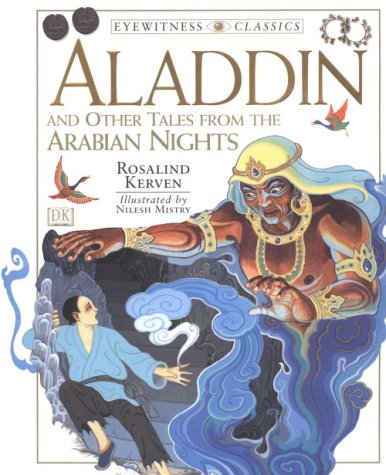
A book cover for DK Classics: Aladdin; Rosalind Kerven; Children's Books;